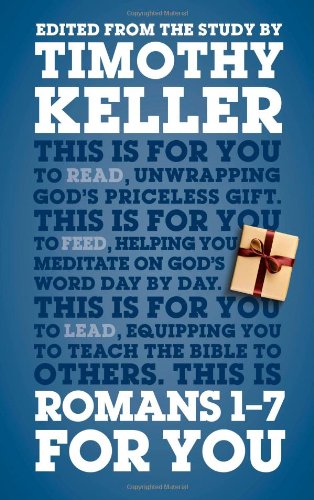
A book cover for Romans 1-7 For You; Timothy Keller; Christian Books & Bibles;